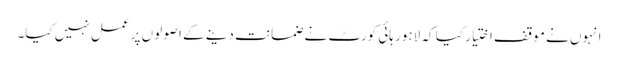
انہوں نے موقف اختیار کیا کہ لاہور ہائی کورٹ نے ضمانت دینے کے اصولوں پر عمل نہیں کیا۔